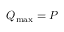
Q _ { \mathrm { m a x } } = P